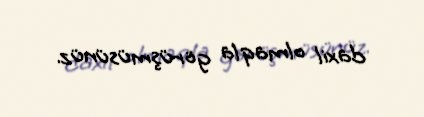
daxil olmaqla görüşmüsünüz.